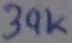
Text: 39K